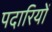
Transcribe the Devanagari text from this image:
पदारियों